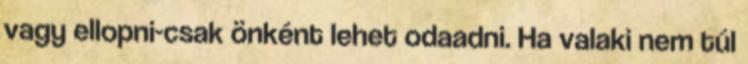
vagy ellopni-csak önként lehet odaadni. Ha valaki nem túl